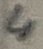
Text: 4